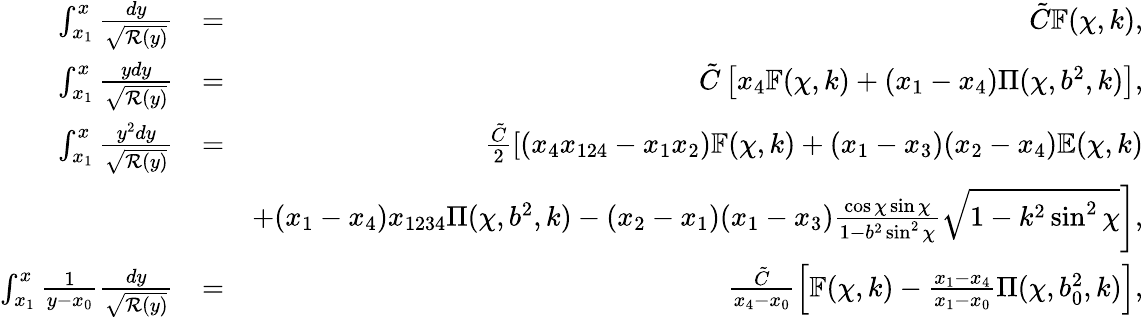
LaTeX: \begin{array}{rlr}{\int_{x_{1}}^{x}\frac{dy}{\sqrt{{\cal R}(y)}}}&{=}&{\tilde{C}\mathbb{F}(\chi,k),}\\ {\int_{x_{1}}^{x}\frac{ydy}{\sqrt{{\cal R}(y)}}}&{=}&{\tilde{C}\left[x_{4}\mathbb{F}(\chi,k)+(x_{1}-x_{4})\Pi(\chi,b^{2},k)\right],}\\ {\int_{x_{1}}^{x}\frac{y^{2}dy}{\sqrt{{\cal R}(y)}}}&{=}&{\frac{\tilde{C}}{2}\left[(x_{4}x_{124}-x_{1}x_{2})\mathbb{F}(\chi,k)+(x_{1}-x_{3})(x_{2}-x_{4})\mathbb{E}(\chi,k)\right.}\\ &{}&{\left.+(x_{1}-x_{4})x_{1234}\Pi(\chi,b^{2},k)-(x_{2}-x_{1})(x_{1}-x_{3})\frac{\cos\chi\sin\chi}{1-b^{2}\sin^{2}\chi}\sqrt{1-k^{2}\sin^{2}\chi}\right],}\\ {\int_{x_{1}}^{x}\frac{1}{y-x_{0}}\frac{dy}{\sqrt{{\cal R}(y)}}}&{=}&{\frac{\tilde{C}}{x_{4}-x_{0}}\left[\mathbb{F}(\chi,k)-\frac{x_{1}-x_{4}}{x_{1}-x_{0}}\Pi(\chi,b_{0}^{2},k)\right],}\end{array}